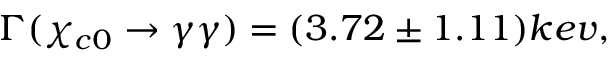
\Gamma ( \chi _ { c 0 } \rightarrow \gamma \gamma ) = ( 3 . 7 2 \pm 1 . 1 1 ) k e v ,